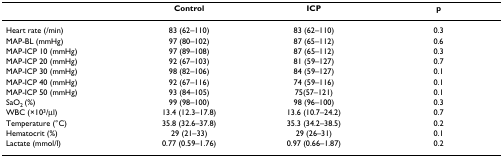
<table><thead><tr><td></td><td><b>Control</b></td><td><b>ICP</b></td><td><b>p</b></td></tr></thead><tbody><tr><td>Heart rate (/min)</td><td>83 (62–110)</td><td>83 (62–110)</td><td>0.3</td></tr><tr><td>MAP-BL (mmHg)</td><td>97 (80–102)</td><td>87 (65–112)</td><td>0.6</td></tr><tr><td>MAP-ICP 10 (mmHg)</td><td>97 (89–108)</td><td>87 (65–112)</td><td>0.3</td></tr><tr><td>MAP-ICP 20 (mmHg)</td><td>92 (67–103)</td><td>81 (59–127)</td><td>0.7</td></tr><tr><td>MAP-ICP 30 (mmHg)</td><td>98 (82–106)</td><td>84 (59–127)</td><td>0.1</td></tr><tr><td>MAP-ICP 40 (mmHg)</td><td>92 (67–116)</td><td>74 (59–116)</td><td>0.1</td></tr><tr><td>MAP-ICP 50 (mmHg)</td><td>93 (84–105)</td><td>75(57–121)</td><td>0.1</td></tr><tr><td>SaO<sub>2 </sub>(%)</td><td>99 (98–100)</td><td>98 (96–100)</td><td>0.3</td></tr><tr><td>WBC (×10<sup>3</sup>/μl)</td><td>13.4 (12.3–17.8)</td><td>13.6 (10.7–24.2)</td><td>0.7</td></tr><tr><td>Temperature (°C)</td><td>35.8 (32.6–37.8)</td><td>35.3 (34.2–38.5)</td><td>0.2</td></tr><tr><td>Hematocrit (%)</td><td>29 (21–33)</td><td>29 (26–31)</td><td>0.1</td></tr><tr><td>Lactate (mmol/l)</td><td>0.77 (0.59–1.76)</td><td>0.97 (0.66–1.87)</td><td>0.2</td></tr></tbody></table>